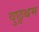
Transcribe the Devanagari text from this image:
वुछुथम